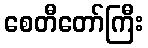
စေတီတော်ကြီး